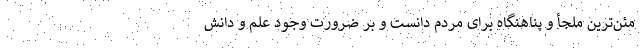
مئن‌ترین ملجأ و پناهنگاه برای مردم دانست و بر ضرورت وجود علم و دانش